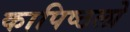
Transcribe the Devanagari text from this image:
कापिष्ठलो